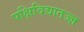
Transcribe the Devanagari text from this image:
पक्षिविद्यातज्‍ज्ञ